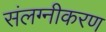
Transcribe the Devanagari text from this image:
संलग्नीकरण